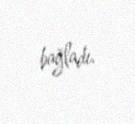
bağladı.